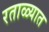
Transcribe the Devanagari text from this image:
रताळ्यात